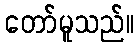
တော်မူသည်။